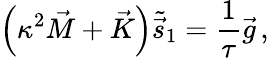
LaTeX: \left(\kappa^{2}\vec{M}+\vec{K}\right)\tilde{\vec{s}}_{1}=\frac{1}{\tau}{\vec{g}}\, ,